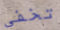
تخفي